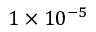
1 \times 1 0 ^ { - 5 }